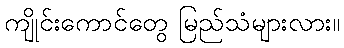
ကျိုင်းကောင်တွေ မြည်သံများလား။